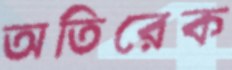
অতিরেক